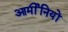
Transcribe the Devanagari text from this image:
आर्मीनियों